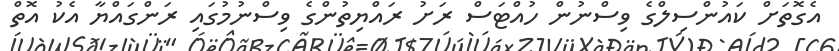
އެގޮތަށް ކައުންސިލްގެ ވިސްނުން ހުއްޓަސް ރަށު ރައްޔިތުންގެ ވިސްނުމުގައި ރަންގައްޔާ އެކު އޮތް